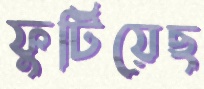
ফুটিয়েছ